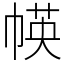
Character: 㡕